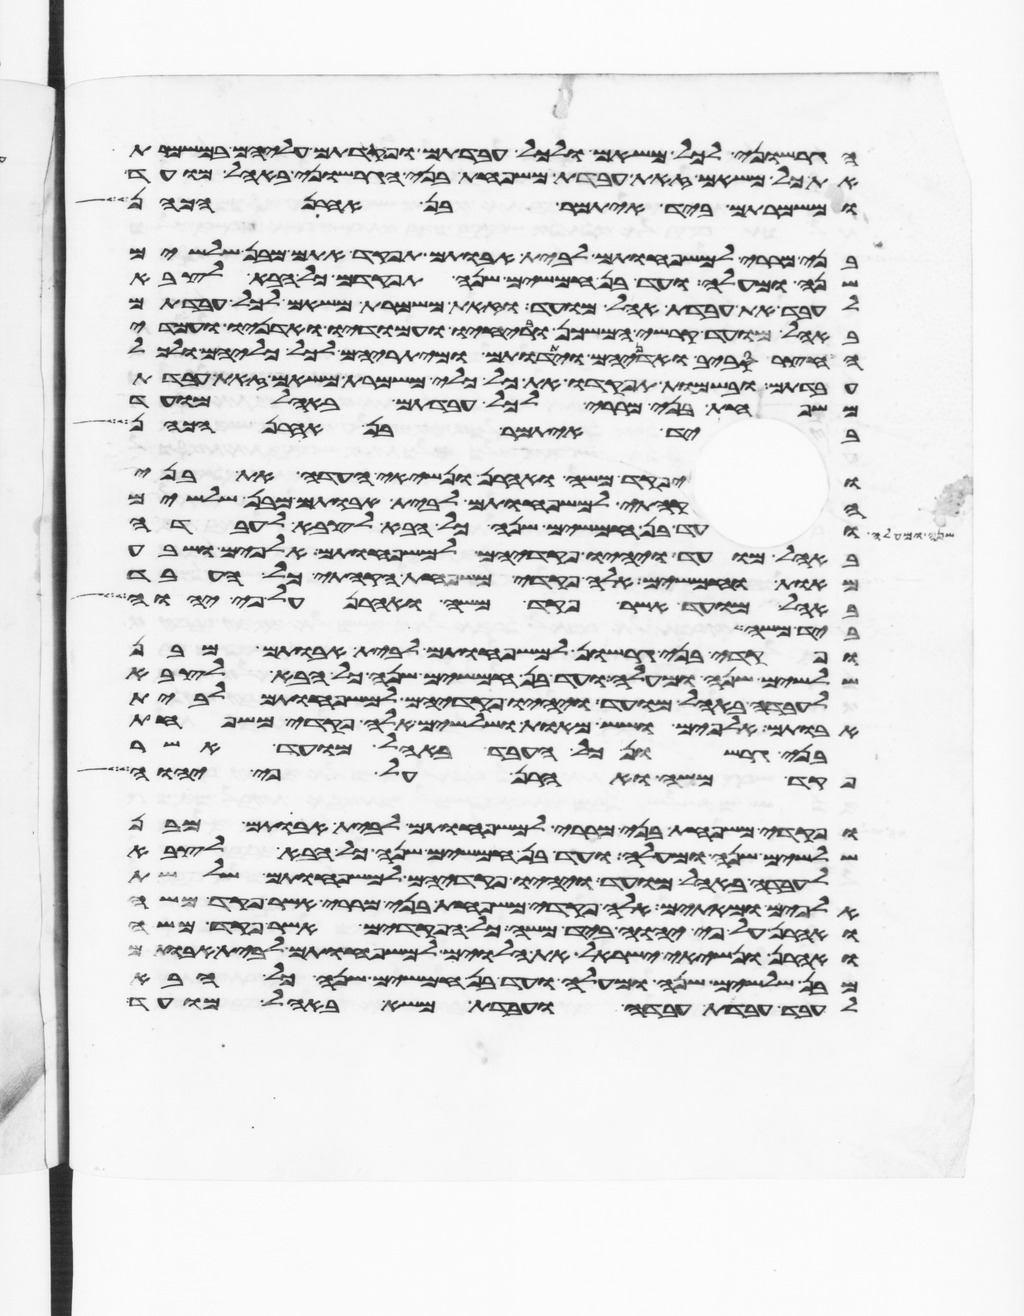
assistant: הגרשוני לכל משאם ולכל עבדתם ופקדתם עליהם במשמרת
את כל משאם זאת עבדת משפחת בני הגרשוני באהל מועד
ומשמרתם ביד איתמר בן אהרן
בני מררי למשפחותם לבית אבותם תפקד אתם מבן שלשים
שנה ומעלה ועד בן חמשים שנה תפקדם כל הבא לצבא
לעבד את עבדת אהל מועד וזאת משמרת משאם לכל עבדתם
באהל מועד קרשי המשכן ובריחיו ועמודיו ואדניו ועמודי
החצר סביב ואדניהם ויתדתם ומיתריהם לכל כליהם ולכל
עבדתם ובשמות תפקדו את כל כלי משמרת משאם זאת עבדת
משפחת בני מררי לכל עבדתם באהל מועד
ביד איתמר בן אהרן הכהן
ויפקד משה ואהרן ונשיאי העדה את בני
הקהתי למשפחותם לבית אבותם מבן שלשים
ועד בן חמשים שנה כל הבא לצבא לעבדה
באהל מועד ויהיו פקדיהם למשפחותם אלפים ושבע
מאות וחמשים אלה פקדי משפחת הקהתי כל העבד
באהל מועד אשר פקד משה ואהרן על פי יהוה
ביד משה
ופקדי בני גרשון למשפחותם לבית אבותם מבן
שלשים שנה ומעלה ועד בן חמשים שנה כל הבא לצבא
לעבדה באהל מועד ויהיו פקדיהם למשפחותם לבית
אבותם אלפים ושש מאות ושלשים אלה פקדי משפחת
בני גרשון כל העבד באהל מועד אשר
פקד משה ואהרן על פי יהוה
ופקדי משפחת בני מררי למשפחותם לבית אבותם מבן
שלשים שנה ומעלה ועד בן חמשים שנה כל הבא לצבא
לעבדה באהל מועד ויהיו פקדיהם למשפחותם שלשת
אלפים ומאתים אלה פקדי משפחת בני מררי אשר פקד משה
ואהרן על פי יהוה ביד משה כל הפקדים אשר פקד משה
ואהרן ונשיאי ישראל את הלוים למשפחותם לבית אבותם
מבן שלשים שנה ומעלה ועד בן חמשים שנה כל הבא
לעבד עבדת עבדה ועבדת משא באהל מועד